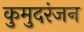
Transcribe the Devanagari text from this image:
कुमुदरंजन